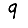
Digit: 9